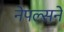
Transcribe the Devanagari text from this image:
नेपल्सने